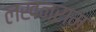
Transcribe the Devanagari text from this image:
लखनराम